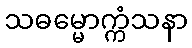
သဓမ္မောက္ကံသနာ